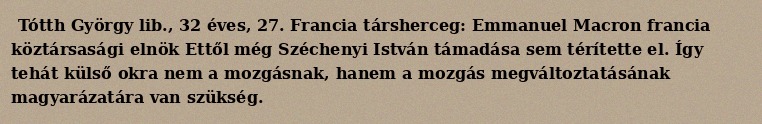
Tótth György lib., 32 éves, 27. Francia társherceg: Emmanuel Macron francia köztársasági elnök Ettől még Széchenyi István támadása sem térítette el. Így tehát külső okra nem a mozgásnak, hanem a mozgás megváltoztatásának magyarázatára van szükség.